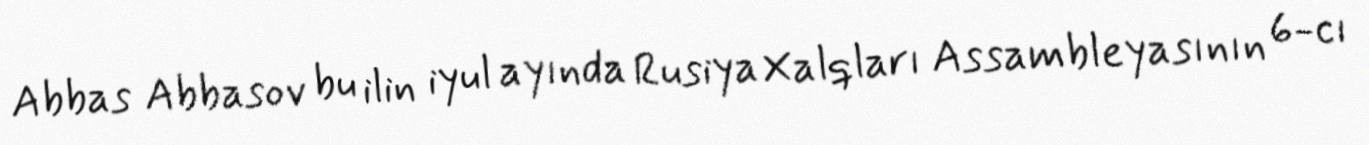
Abbas Abbasov bu ilin iyul ayında Rusiya Xalqları Assambleyasının 6-cı